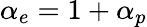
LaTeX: \alpha_{e}=1+\alpha_{p}